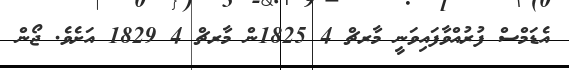
އެޑަމްސް ފުރުއްވާފައިވަނީ މާރޗް 4 1825ން މާރޗް 4 1829 އަށެވެ. ޖޯން